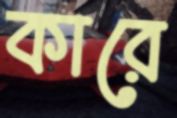
কারে